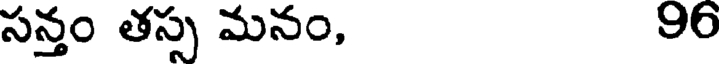
సన్తం తస్స మనం, 96